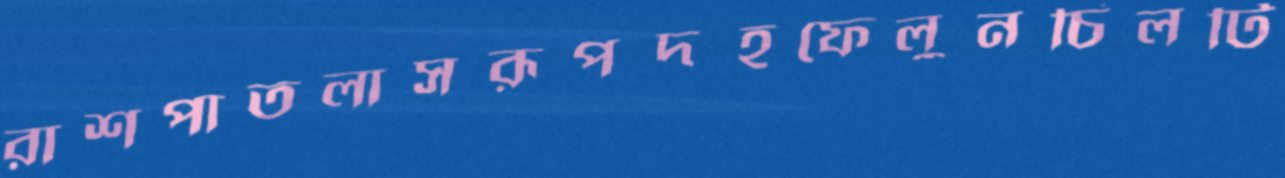
রাশপাতলাসরূপদহফেলুনচিলটি